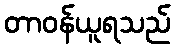
တာဝန်ယူရသည်